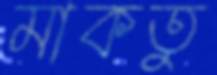
মাকতু